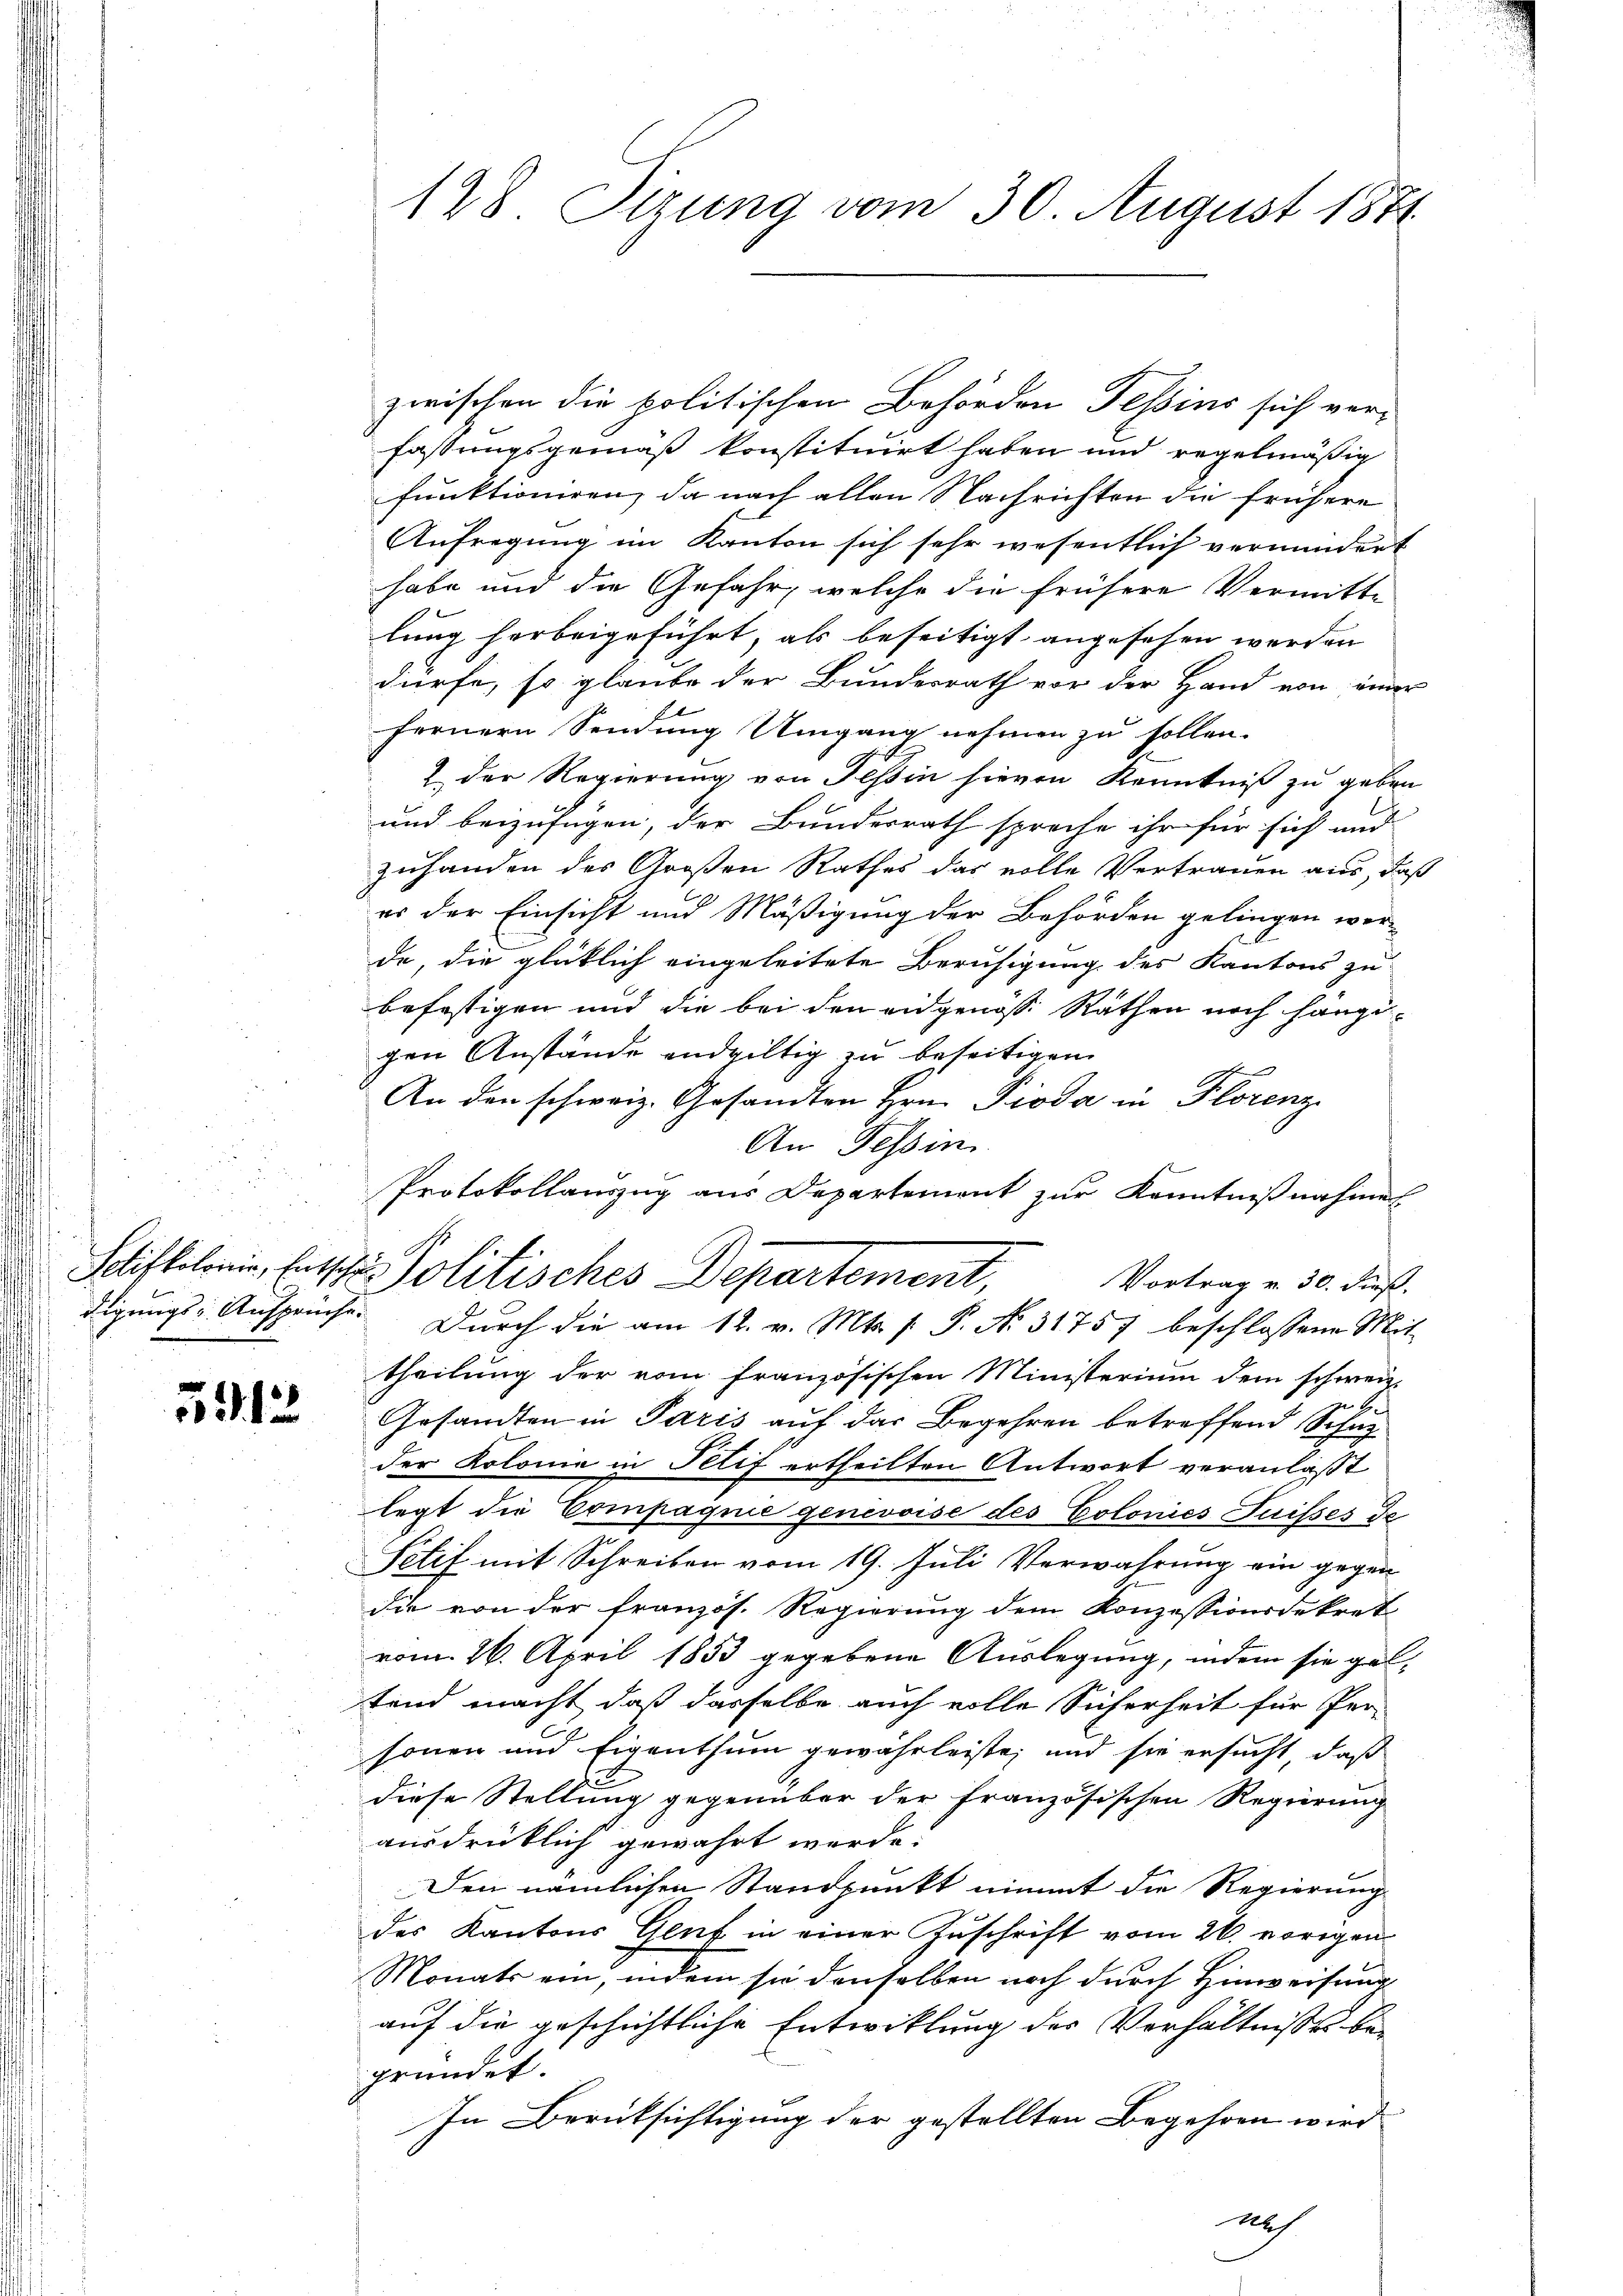
5913

zwischen die politischen Behörden Tessins sich verfassungsgemäß konstituirt haben und regelmäßig
funktioniren, da nach allen Nachrichten die frühere
Aufregung im Kanton sich sehr wesentlich vermindert
habe und die Gefahr, welche die frühere Vermitte
lung herbeigeführt, als beseitigt, angesehen werden
dürfe, so glaube der Bundesrath vor der Hand von einer
fernern Sendung Umgang nehmen zu sollen.
2 der Regierung von Tessin hievon Kenntniß zu geben
und beizufügen, der Bundesrath spreche ihr für sich und
zuhanden des Großen Rathes das volle Vertrauen aus, daß
es der Einsicht und Mäßigung der Behörden gelingen wer-
de, die glücklich eingeleitete Beruhigung des Kantons zu
befestigen und die bei den eidgenösse Räthen noch hängigen Anstände endgültig zu beseitigen
An den schweiz. Gesandten Hrn. Pioda in Florenz
An Tessin
Vortrag v. 30. dieß.
digungs-Ansprüche. Durch die am 12. v. Mts. f. P. No. 31757 beschlossene Mit-
theilung der vom französischen Ministerium dem schweiz.
Gesandten in Paris auf das Begehren betreffend Schu
der Kolonie in Felif ertheilten Antwort veranlaßt
legt die Compagnie genevoise des Colonies Suisses de
Petif mit Schreiben vom 19. Juli Verwahrung ein gegen
die von der französ. Regierung dem Konzessionsdekret
vom 26. April 1853 gegebene Auslegung, indem sie gel-
tend macht, daß dasselbe auch volle Sicherheit für Per-
sonen und Eigenthum gewährleiste, und sie ersucht, daß
diese Stellung gegenüber der französischen Regierung
ausdrüklich gewährt werde.
Den nämlichen Standpunkt nimmt die Regierung
des Kantons Genf in einer Zuschrift vom 26. vorigen
Monats ein, indem sie denselben noch durch Hinweisung
auf die geschichtliche Entwicklung der Verhältnisses begründet.
In Berücksichtigung der gestellten Begehren wird
Aeh

128. Sizung vom 30. August 1874

Protokollauszug aus Departement zur Kenntnißnahme
§ 6. f.
Schiftolonis, Entsche sourisches Departement,